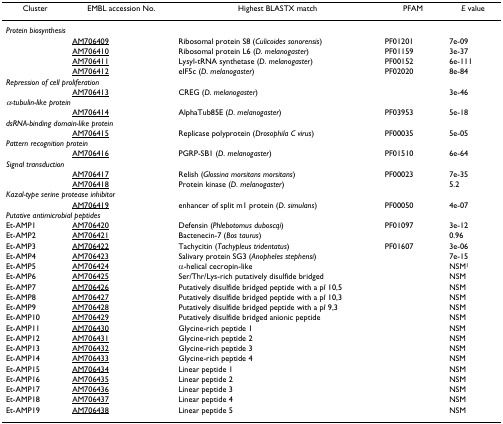
<table><thead><tr><td><b>Cluster</b></td><td><b>EMBL accession No.</b></td><td><b>Highest BLASTX match</b></td><td><b>PFAM</b></td><td><b><i>E </i>value</b></td></tr></thead><tbody><tr><td colspan="5"><i>Protein biosynthesis</i></td></tr><tr><td></td><td>AM706409</td><td>Ribosomal protein S8 (<i>Culicoides sonorensis</i>)</td><td>PF01201</td><td>7e-09</td></tr><tr><td></td><td>AM706410</td><td>Ribosomal protein L6 (<i>D. melanogaster</i>)</td><td>PF01159</td><td>3e-37</td></tr><tr><td></td><td>AM706411</td><td>Lysyl-tRNA synthetase (<i>D. melanogaster</i>)</td><td>PF00152</td><td>6e-111</td></tr><tr><td></td><td>AM706412</td><td>eIF5c (<i>D. melanogaster</i>)</td><td>PF02020</td><td>8e-84</td></tr><tr><td colspan="5"><i>Repression of cell proliferation</i></td></tr><tr><td></td><td>AM706413</td><td>CREG (<i>D. melanogaster</i>)</td><td></td><td>3e-46</td></tr><tr><td colspan="5"><i>α-tubulin-like protein</i></td></tr><tr><td></td><td>AM706414</td><td>AlphaTub85E (<i>D. melanogaster</i>)</td><td>PF03953</td><td>5e-18</td></tr><tr><td colspan="5"><i>dsRNA-binding domain-like protein</i></td></tr><tr><td></td><td>AM706415</td><td>Replicase polyprotein (<i>Drosophila C virus</i>)</td><td>PF00035</td><td>5e-05</td></tr><tr><td colspan="5"><i>Pattern recognition protein</i></td></tr><tr><td></td><td>AM706416</td><td>PGRP-SB1 (<i>D. melanogaster</i>)</td><td>PF01510</td><td>6e-64</td></tr><tr><td colspan="5"><i>Signal transduction</i></td></tr><tr><td></td><td>AM706417</td><td>Relish (<i>Glossina morsitans morsitans</i>)</td><td>PF00023</td><td>7e-35</td></tr><tr><td></td><td>AM706418</td><td>Protein kinase (<i>D. melanogaster</i>)</td><td></td><td>5.2</td></tr><tr><td colspan="5"><i>Kazal-type serine protease inhibitor</i></td></tr><tr><td></td><td>AM706419</td><td>enhancer of split m1 protein (<i>D. simulans</i>)</td><td>PF00050</td><td>4e-07</td></tr><tr><td colspan="5"><i>Putative antimicrobial peptides</i></td></tr><tr><td>Et-AMP1</td><td>AM706420</td><td>Defensin (<i>Phlebotomus duboscqi</i>)</td><td>PF01097</td><td>3e-12</td></tr><tr><td>Et-AMP2</td><td>AM706421</td><td>Bactenecin-7 (<i>Bos taurus</i>)</td><td></td><td>0.96</td></tr><tr><td>Et-AMP3</td><td>AM706422</td><td>Tachycitin (<i>Tachypleus tridentatus</i>)</td><td>PF01607</td><td>3e-06</td></tr><tr><td>Et-AMP4</td><td>AM706423</td><td>Salivary protein SG3 (<i>Anopheles stephensi</i>)</td><td></td><td>7e-15</td></tr><tr><td>Et-AMP5</td><td>AM706424</td><td>α-helical cecropin-like</td><td></td><td>NSM<sup>1</sup></td></tr><tr><td>Et-AMP6</td><td>AM706425</td><td>Ser/Thr/Lys-rich putatively disulfide bridged</td><td></td><td>NSM</td></tr><tr><td>Et-AMP7</td><td>AM706426</td><td>Putatively disulfide bridged peptide with a p<i>I </i>10,5</td><td></td><td>NSM</td></tr><tr><td>Et-AMP8</td><td>AM706427</td><td>Putatively disulfide bridged peptide with a p<i>I </i>10,3</td><td></td><td>NSM</td></tr><tr><td>Et-AMP9</td><td>AM706428</td><td>Putatively disulfide bridged peptide with a p<i>I </i>9,3</td><td></td><td>NSM</td></tr><tr><td>Et-AMP10</td><td>AM706429</td><td>Putatively disulfide bridged anionic peptide</td><td></td><td>NSM</td></tr><tr><td>Et-AMP11</td><td>AM706430</td><td>Glycine-rich peptide 1</td><td></td><td>NSM</td></tr><tr><td>Et-AMP12</td><td>AM706431</td><td>Glycine-rich peptide 2</td><td></td><td>NSM</td></tr><tr><td>Et-AMP13</td><td>AM706432</td><td>Glycine-rich peptide 3</td><td></td><td>NSM</td></tr><tr><td>Et-AMP14</td><td>AM706433</td><td>Glycine-rich peptide 4</td><td></td><td>NSM</td></tr><tr><td>Et-AMP15</td><td>AM706434</td><td>Linear peptide 1</td><td></td><td>NSM</td></tr><tr><td>Et-AMP16</td><td>AM706435</td><td>Linear peptide 2</td><td></td><td>NSM</td></tr><tr><td>Et-AMP17</td><td>AM706436</td><td>Linear peptide 3</td><td></td><td>NSM</td></tr><tr><td>Et-AMP18</td><td>AM706437</td><td>Linear peptide 4</td><td></td><td>NSM</td></tr><tr><td>Et-AMP19</td><td>AM706438</td><td>Linear peptide 5</td><td></td><td>NSM</td></tr></tbody></table>